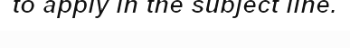
to apply in the subject line.